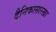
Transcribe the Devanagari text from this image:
दैनिकासारखा